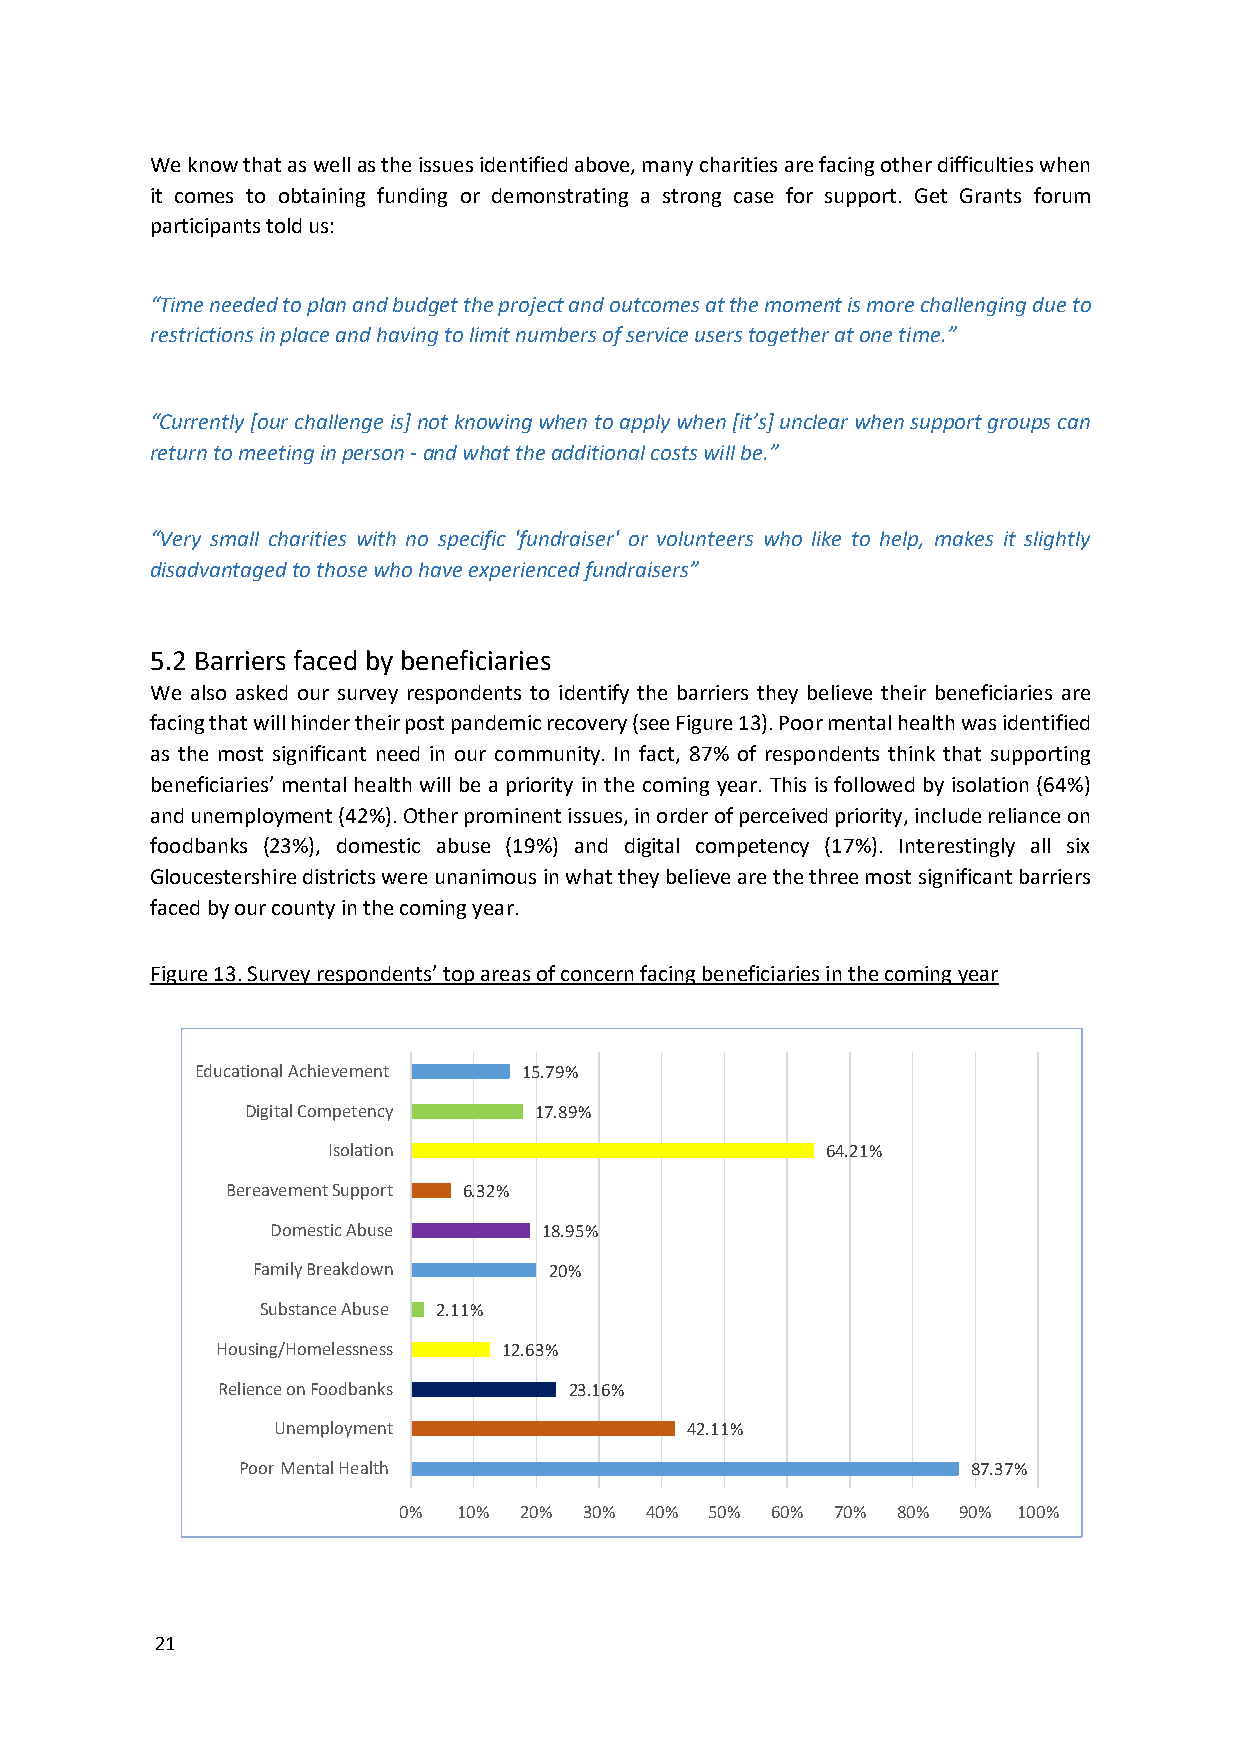
We know that as well as the issues identified above, many charities are facing other difficulties when
 it comes to obtaining funding or demonstrating a strong case for support. Get Grants forum
 participants told us:
 “Time needed to plan and budget the project and outcomes at the moment is more challenging due to
 restrictions in place and having to limit numbers of service users together at one time.”
 “Currently [our challenge is] not knowing when to apply when [it’s] unclear when support groups can
 return to meeting in person - and what the additional costs will be.”
 “Very small charities with no specific 'fundraiser' or volunteers who like to help, makes it slightly
 disadvantaged to those who have experienced fundraisers”
 5.2 Barriers faced by beneficiaries
 We also asked our survey respondents to identify the barriers they believe their beneficiaries are
 facing that will hinder their post pandemic recovery (see Figure 13). Poor mental health was identified
 as the most significant need in our community. In fact, 87% of respondents think that supporting
 beneficiaries’ mental health will be a priority in the coming year. This is followed by isolation (64%)
 and unemployment (42%). Other prominent issues, in order of perceived priority, include reliance on
 foodbanks (23%), domestic abuse (19%) and digital competency (17%). Interestingly all six
 Gloucestershire districts were unanimous in what they believe are the three most significant barriers
 faced by our county in the coming year.
 Figure 13. Survey respondents’ top areas of concern facing beneficiaries in the coming year
 Educational Achievement 15.79%
 Digital Competency 17.89%
 Isolation                        64.21%
 Bereavement Support 6.32%
 Domestic Abuse    18.95%
 Family Breakdown   20%
 Substance Abuse 2.11%
 Housing/Homelessness 12.63%
 Relience on Foodbanks   23.16%
 Unemployment               42.11%
 Poor Mental Health                              87.37%
 0%  10% 20%  30% 40% 50% 60% 70% 80% 90% 100%
 21